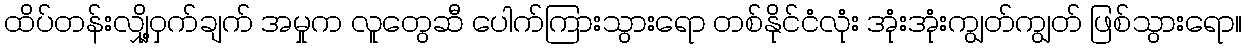
ထိပ်တန်းလျှို့ဝှက်ချက် အမှုက လူတွေဆီ ပေါက်ကြားသွားရော တစ်နိုင်ငံလုံး အုံးအုံးကျွတ်ကျွတ် ဖြစ်သွားရော။